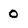
Character: 0